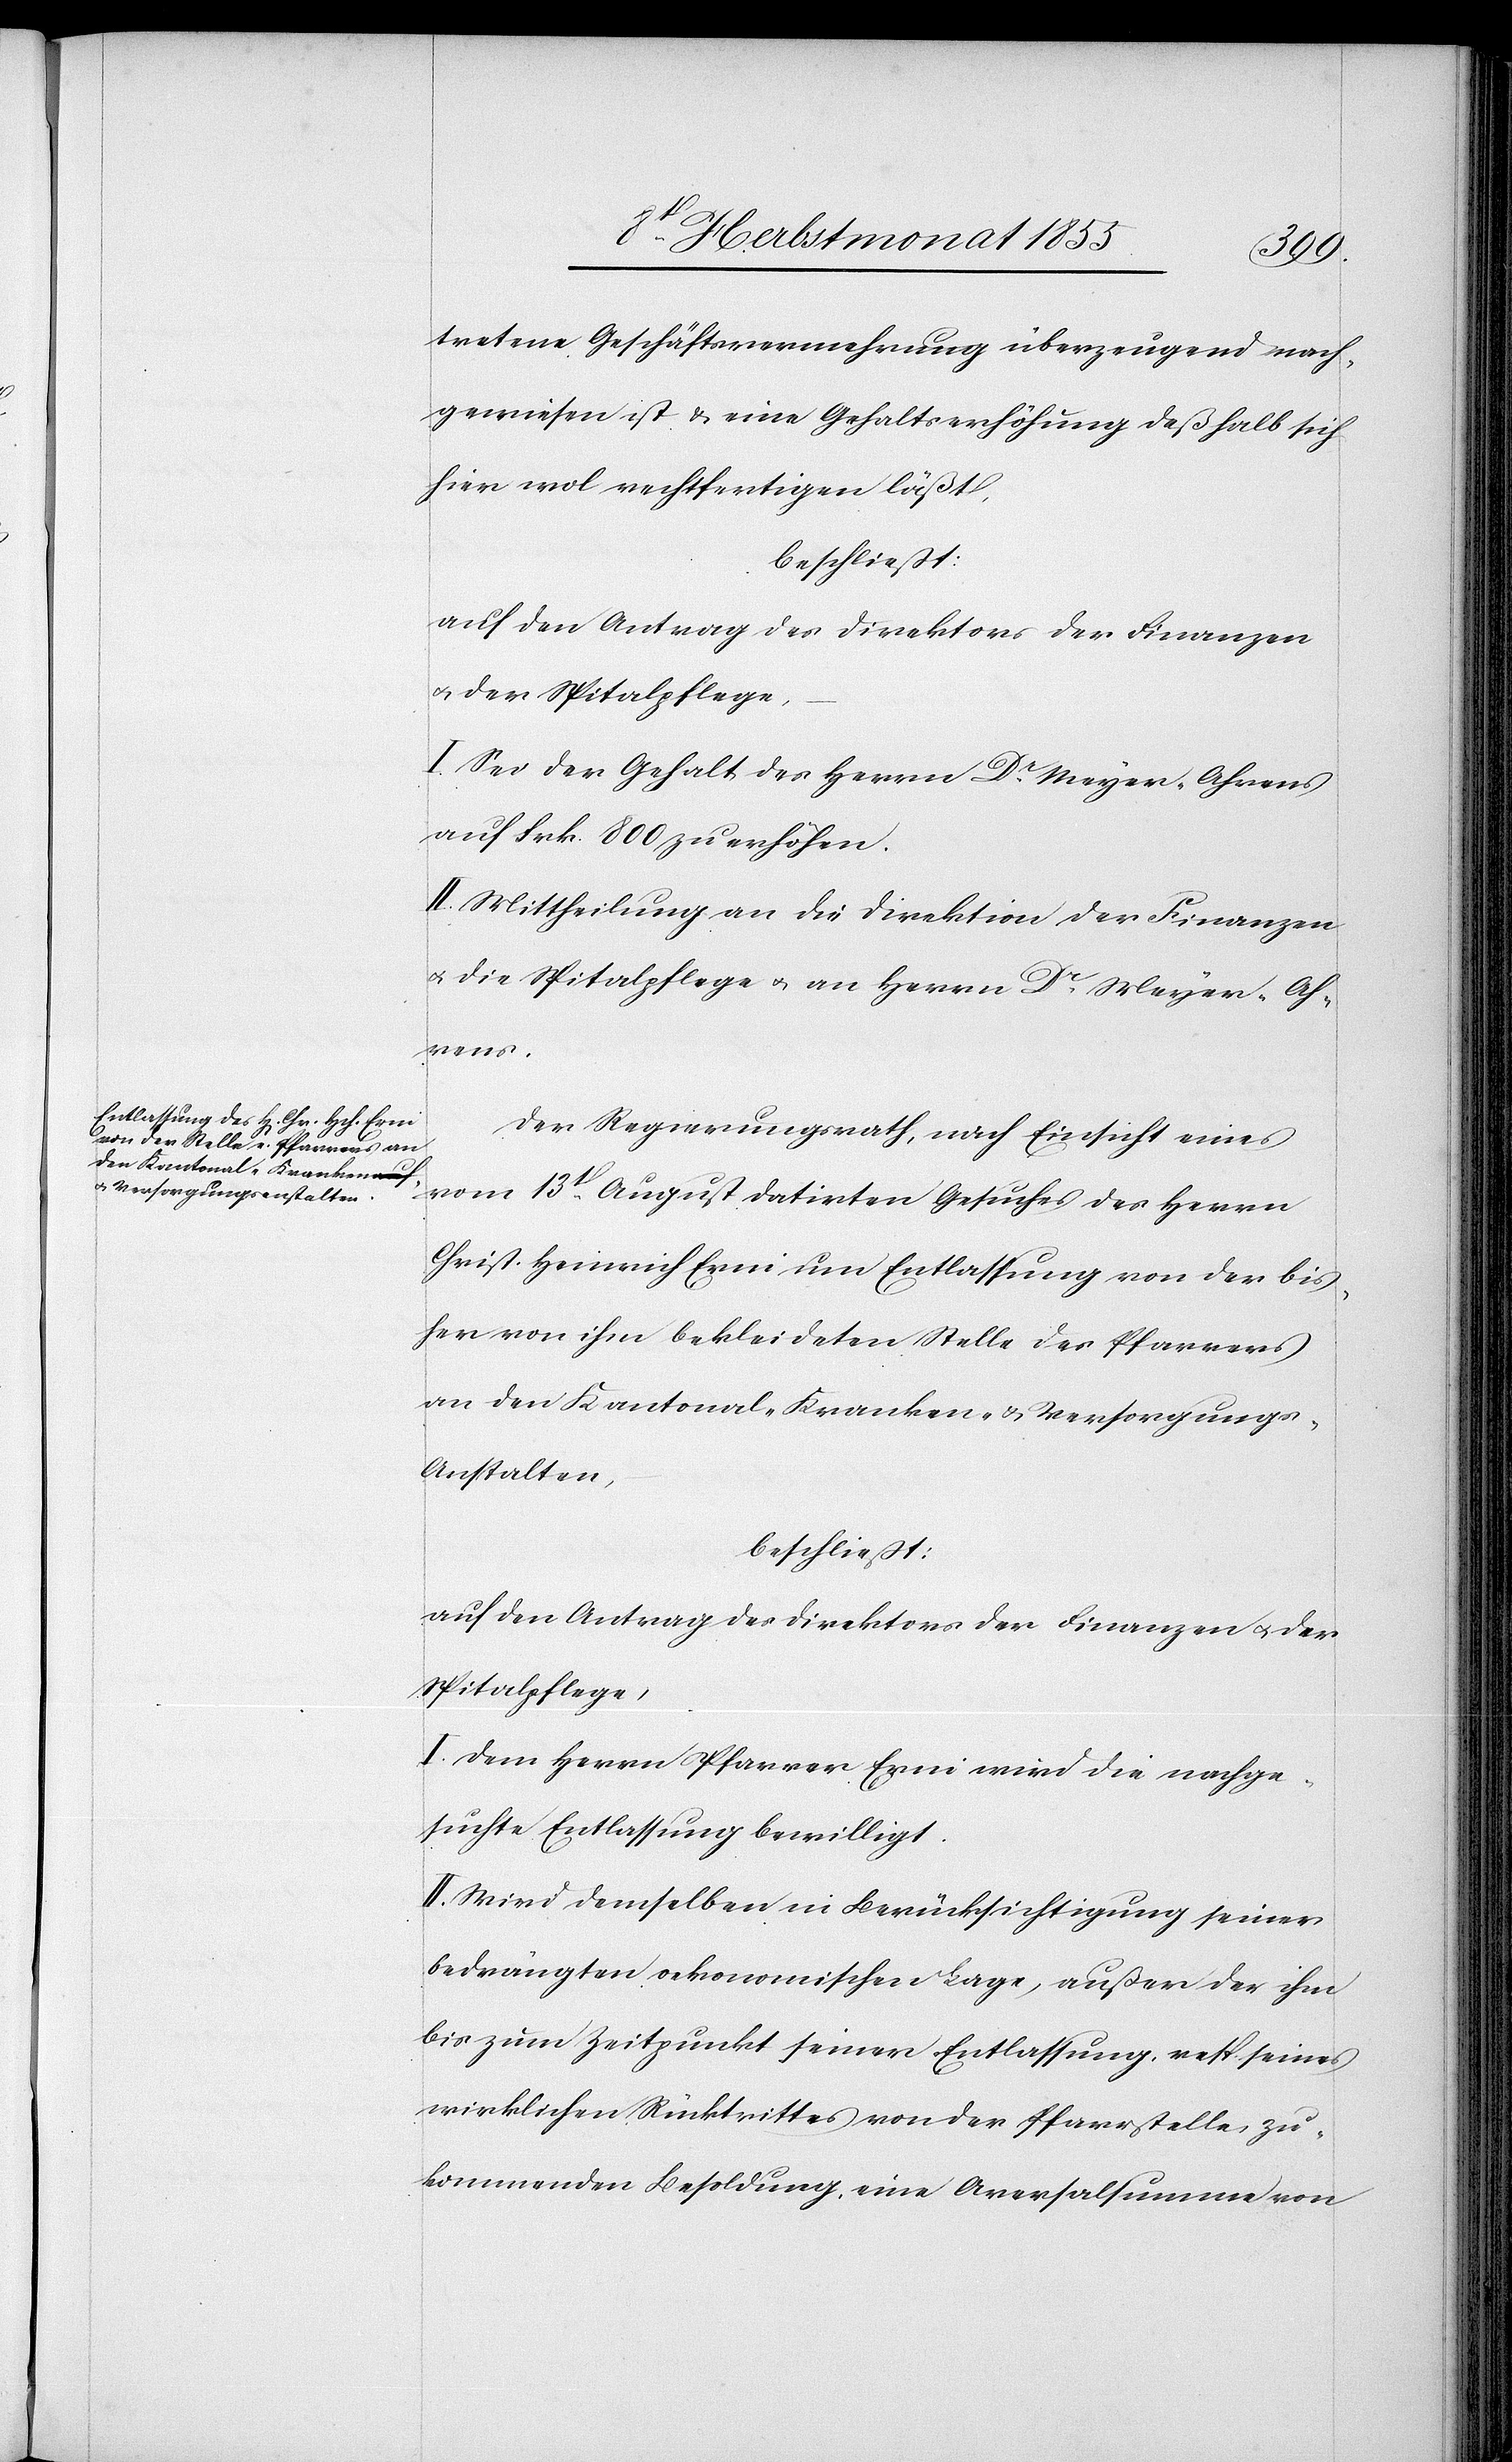
tretene Geschäftsvermehrung überzeugend nach¬
gewiesen ist & eine Gehaltserhöhung deßhalb sich
hier wol rechtfertigen läßt,
beschließt:
I. Sei der Gehalt des Herrn Dr. Meyer-Ahrens
auf Frk. 800 zu erhöhen.
II. Mittheilung an die Direktion der Finanzen
& die Spitalpflege & an Herrn Dr. Meyer-Ah¬
rens.
Der Regierungsrath, nach Einsicht eines
vom 13t. August datirten Gesuches des Herrn
Christ. Heinrich Erni um Entlassung von der bis¬
her von ihm bekleideten Stelle des Pfarrers
an den Kantonal-Kranken- & Versorgung¬
s-Anstalten,
beschließt:
auf den Antrag des Direktors der Finanzen & der
Spitalpflege,
I. Dem Herrn Pfarrer Erni wird die nachge¬
suchte Entlassung bewilligt.
II. Wird demselben in Berücksichtigung seiner
bedrängten oekonomischen Lage, außer der ihm
bis zum Zeitpunkt seiner Entlassung, resp. seines
wirklichen Rücktrittes von der Pfarrstelle, zu¬
kommenden Besoldung, eine Aversalsumme von